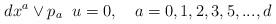
LaTeX: \begin{align*}dx^a \vee p_a \;\;u = 0, \quad a = 0,1,2,3,5,...,d \end{align*}